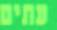
עתים